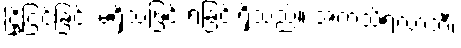
ငြိုငြင်ခြင်း မရှိသဖြင့် ရခြင်းရှိသည်။ အကသိရလာဘီ၊